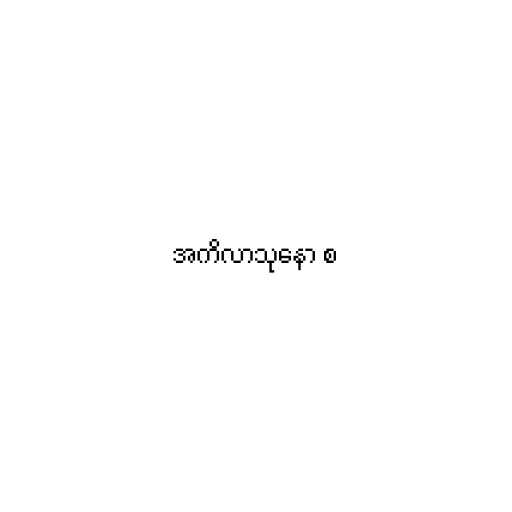
အကိလာသုနော စ